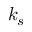
k _ { s }